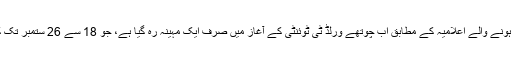
کرک نامہ کو آئی سی سی کی جانب سے موصول ہونے والے اعلامیہ کے مطابق اب چوتھے ورلڈ ٹی ٹوئنٹی کے آغاز میں صرف ایک مہینہ رہ گیا ہے، جو 18 سے 26 ستمبر تک کولمبو، ہمبنٹوٹا اور پالی کیلے میں کھیلا جائے گا۔